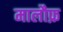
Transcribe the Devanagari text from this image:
मालौफ़